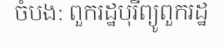
ចំបង: ពួករដ្ឋបុរីព្យូពួករដ្ឋ